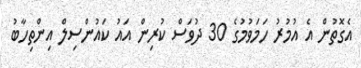
އެގޮތުން އެ އުމުރު ހަމަވުމުގެ 30 ދުވަސް ކުރިން އައު ކައުންސިލް އިންތިހާބު